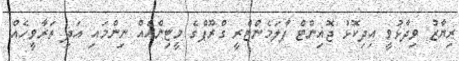
ރިޔާޒު ވިދާޅުވީ އިދިކޮޅު ޖޮއިންޓް ޕާލަމެންޓްރީ ގްރޫޕްގެ މީޓިންއެއް ނިންމައި އަދި ތަރާވީހެއް